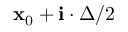
\mathbf { x } _ { 0 } + \mathbf { i } \cdot \Delta / 2